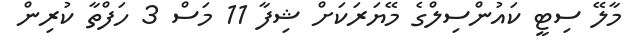
މާލޭ ސިޓީ ކައުންސިލްގެ މޭޔަރަކަށް ޝިފާ 11 މަސް 3 ހަފްތާ ކުރިން